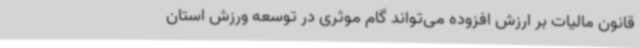
قانون مالیات بر ارزش افزوده می‌تواند گام موثری در توسعه ورزش استان